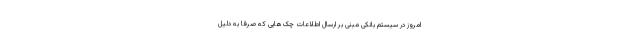
امروز در سیستم بانکی مبنی بر ارسال اطلاعات چک‌هایی که صرفاً به دلیل